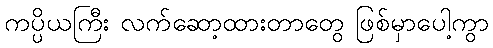
ကပ္ပိယကြီး လက်ဆော့ထားတာတွေ ဖြစ်မှာပေါ့ကွာ